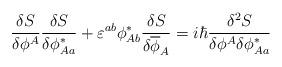
LaTeX: \begin{align*}\frac{\delta S}{\delta\phi^A}\frac{\delta S}{\delta\phi_{Aa}^\ast} + \varepsilon^{ab}\phi_{Ab}^\ast \frac{\delta S}{\delta\overline{\phi}_A}= i\hbar\frac{\delta^2S}{\delta\phi^A\delta\phi_{Aa}^\ast} \end{align*}